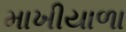
માખીયાળા